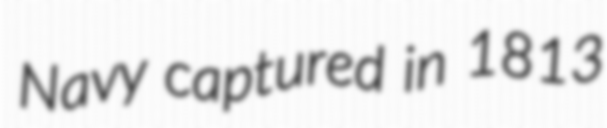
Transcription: Navy captured in 1813